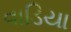
વાડિયા